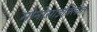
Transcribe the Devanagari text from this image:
मोनोसाइक्लिक